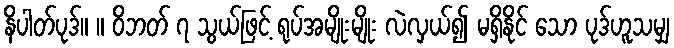
နိပါတ်ပုဒ်။ ။ ဝိဘတ် ၇ သွယ်ဖြင့် ရုပ်အမျိုးမျိုး လဲလှယ်၍ မရှိနိုင် သော ပုဒ်ဟူသမျှ